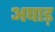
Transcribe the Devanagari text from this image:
अषाड़